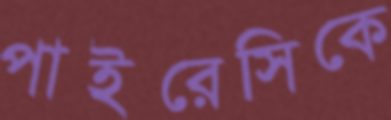
পাইরেসিকে